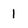
Character: 1